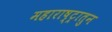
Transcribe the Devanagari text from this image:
महाराष्ट्रातुन